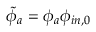
\tilde { \phi } _ { a } = \phi _ { a } \phi _ { i n , 0 }